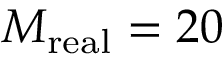
M _ { \mathrm { r e a l } } = 2 0